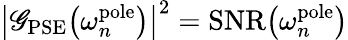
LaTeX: \big|\mathscr{G}_{\mathrm{{PSE}}}\big(\omega_{n}^{\mathrm{{pole}}}\big)\big|^{2}=\mathrm{{SNR}}\big(\omega_{n}^{\mathrm{{pole}}}\big)